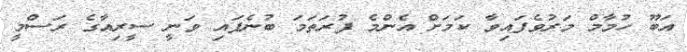
އަބޫ ހުމާމް މަރުުވެފައިވާ ކަމަށް އެންމެ ފުރަތަމަ ބުނެފައި ވަނީ ސީރިއާގެ ރަސްމީ